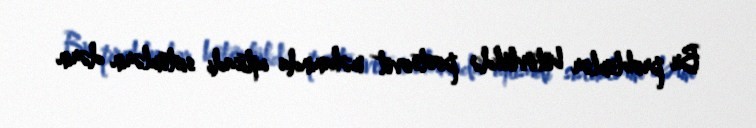
Bu problemlər bütövlükdə postsovet məkanında iqtisadi sistemlərin dərin